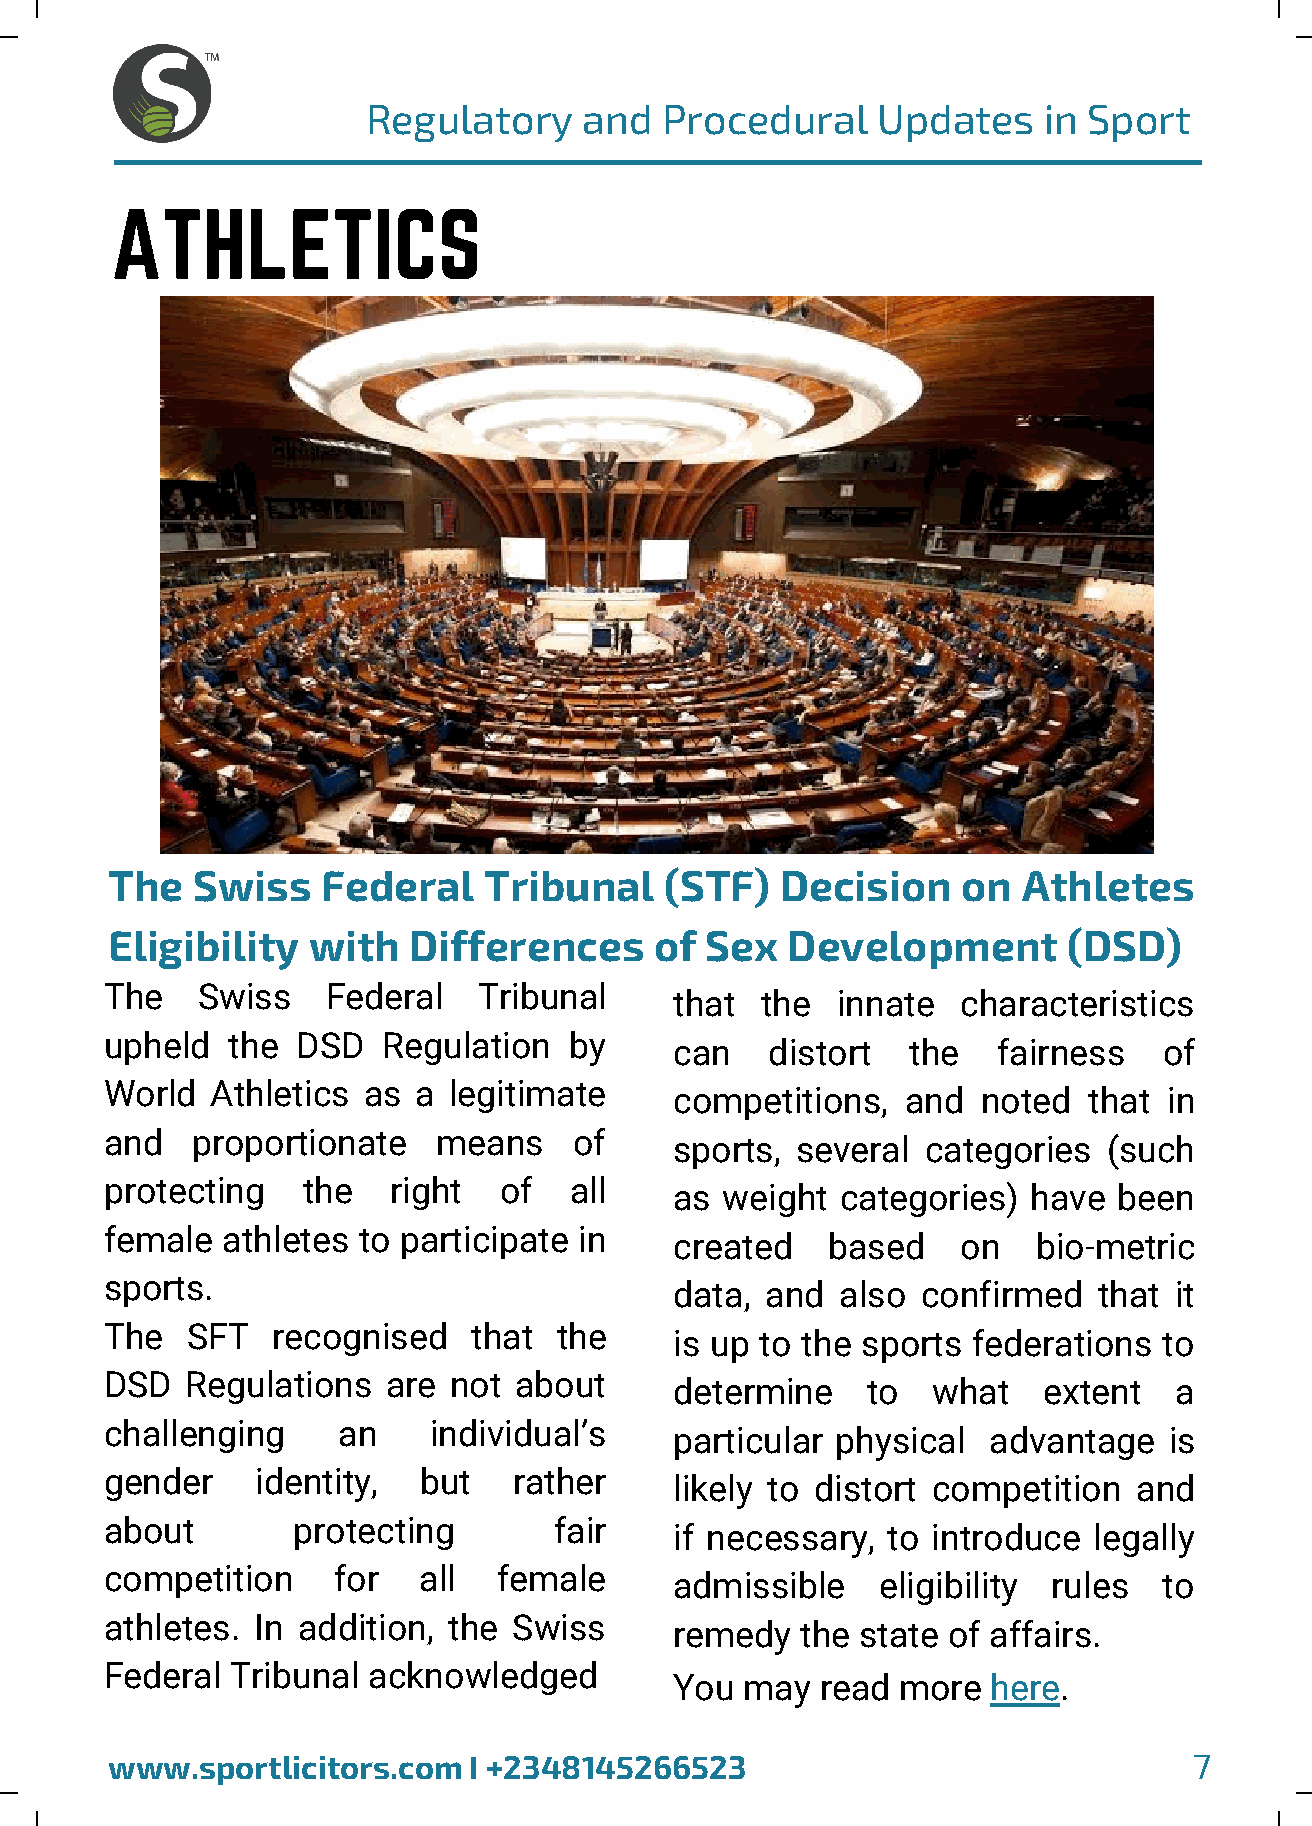
Regulatory     and  Procedural    Updates    in Sport
 ATHLETICS
 The   Swiss   Federal    Tribunal    (STF)   Decision    on  Athletes
 Eligibility  with   Differences     of  Sex  Development        (DSD)
 The   Swiss    Federal   Tribunal
 that the  innate   characteristics
 upheld  the  DSD  Regulation   by
 can   distort  the   fairness   of
 World  Athletics as a  legitimate
 competitions,  and  noted  that in
 and   proportionate   means    of
 sports, several categories  (such
 protecting   the   right  of   all
 as weight  categories) have  been
 female  athletes to participate in
 created   based    on   bio-metric
 sports.
 data, and  also confirmed   that it
 The  SFT   recognised   that  the
 is up to the sports federations to
 DSD  Regulations   are not about
 determine   to   what   extent   a
 challenging    an    individual’s
 particular physical advantage   is
 gender    identity,  but   rather
 likely to distort competition and
 about       protecting        fair
 if necessary, to introduce legally
 competition    for   all  female
 admissible   eligibility rules  to
 athletes. In addition, the Swiss
 remedy  the state of affairs.
 Federal Tribunal acknowledged
 You may  read more   here.
 www.sportlicitors.com   I +2348145266523                                7